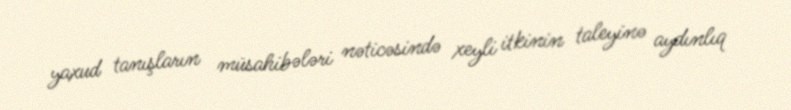
yaxud tanışların müsahibələri nəticəsində xeyli itkinin taleyinə aydınlıq